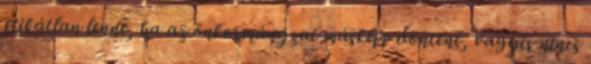
etikátlan lenne, ha az önkormányzat másképp döntene, vagyis nincs